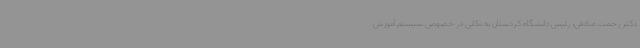
دکتر رحمت صادقی، رئیس دانشگاه کردستان به نکاتی در خصوص سیستم آموزش